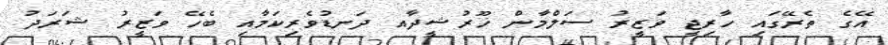
އޭގެ ތެރޭގައި ހާރިޖީ ވަޒީރު ސަލްމާން ޚޫރުޝީދާއ ދަނޑުވެރިކަމާއި ބެހޭ ވަޒީރު ޝަރަދު